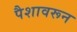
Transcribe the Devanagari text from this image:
पैशावरून